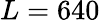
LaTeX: L=640